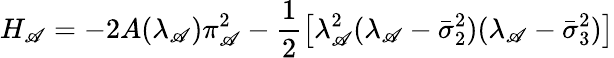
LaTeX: H_{\mathscr{A}}=-2A(\lambda_{\mathscr{A}})\pi_{\mathscr{A}}^{2}-\frac{{1}}{{2}}\left[\lambda_{\mathscr{A}}^{2}(\lambda_{\mathscr{A}}-\bar{{\sigma}}_{2}^{2})(\lambda_{\mathscr{A}}-\bar{{\sigma}}_{3}^{2})\right]